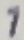
Text: 1